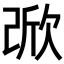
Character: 𣣁